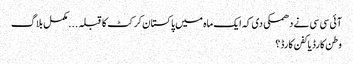
آئی سی سی نے دھمکی دی کہ ایک ماہ میں پاکستان کرکٹ کا قبلہ . . . مکمل بلاگ
وطن کارڈ یا کفن کارڈ؟